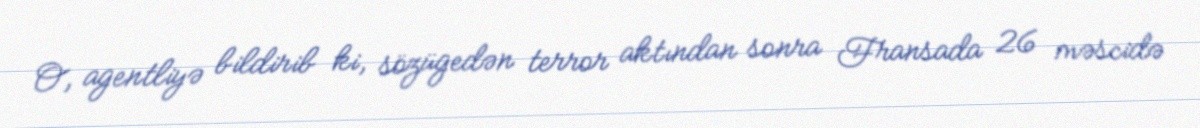
O, agentliyə bildirib ki, sözügedən terror aktından sonra Fransada 26 məscidə